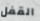
القفل